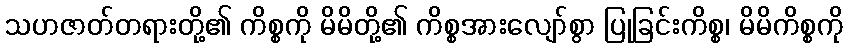
သဟဇာတ်တရားတို့၏ ကိစ္စကို မိမိတို့၏ ကိစ္စအားလျော်စွာ ပြုခြင်းကိစ္စ၊ မိမိကိစ္စကို